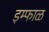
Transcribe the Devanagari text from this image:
इम्फाळ